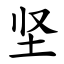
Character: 坚